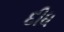
દીધ